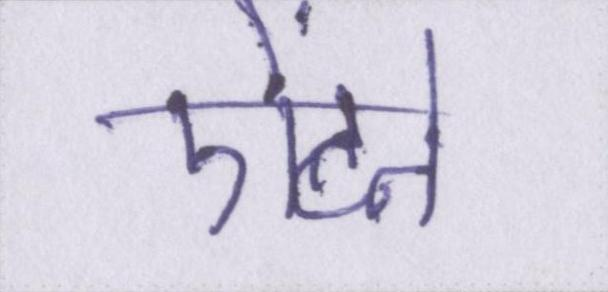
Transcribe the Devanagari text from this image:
ऐंठने